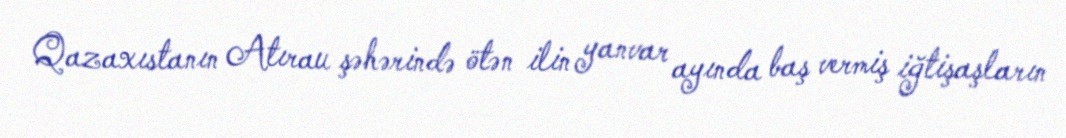
Qazaxıstanın Atırau şəhərində ötən ilin yanvar ayında baş vermiş iğtişaşların